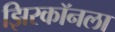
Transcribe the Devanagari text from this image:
झिरकॉनला